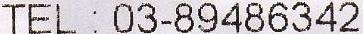
TEL : 03-89486342